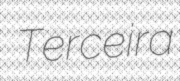
Terceira